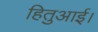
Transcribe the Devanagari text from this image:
हितुआई।